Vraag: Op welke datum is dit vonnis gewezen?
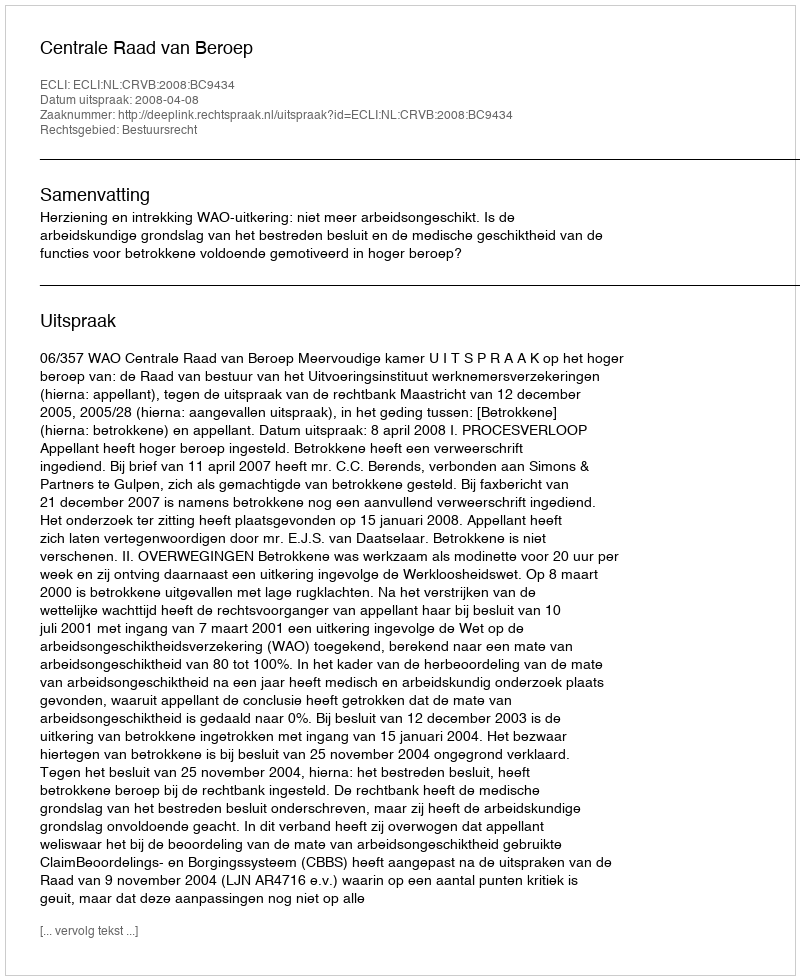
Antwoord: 2008-04-08